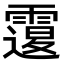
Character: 𩅆